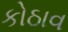
કોઠાવ